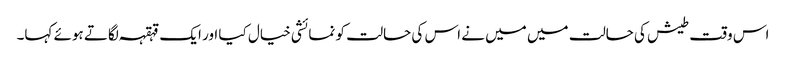
اس وقت طیش کی حالت میں میں نے اس کی حالت کو نمائشی خیال کیا اور ایک قہقہہ لگاتے ہوئے کہا۔